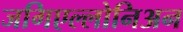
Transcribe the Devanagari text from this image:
जगिएल्लोनिअन